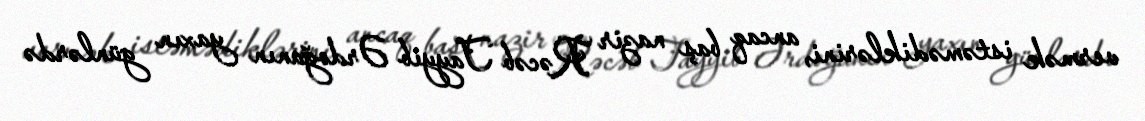
vermək istəmədiklərini, ancaq baş nazir Rəcəb Tayyib Ərdoğanın yaxın günlərdə